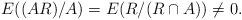
LaTeX: \begin{align*}E((AR)/A) = E(R/(R \cap A)) \neq 0.\end{align*}